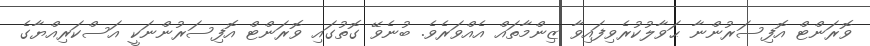
ވޮރަންޓް އޮފިސަރުންނާ ޙަވާލުކުރެވިފައިވާ ޒިންމާތައް އެއްވަރެވެ. ބުނެވޭ ގޮތުގައި ވޮރަންޓް އޮފިސަރުންނަކީ އަސްކަރިއްޔާގެ